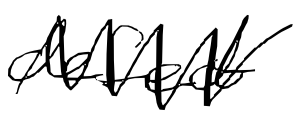
Text: defect
Cross-out: zig-zag
Writing tool: digital_black